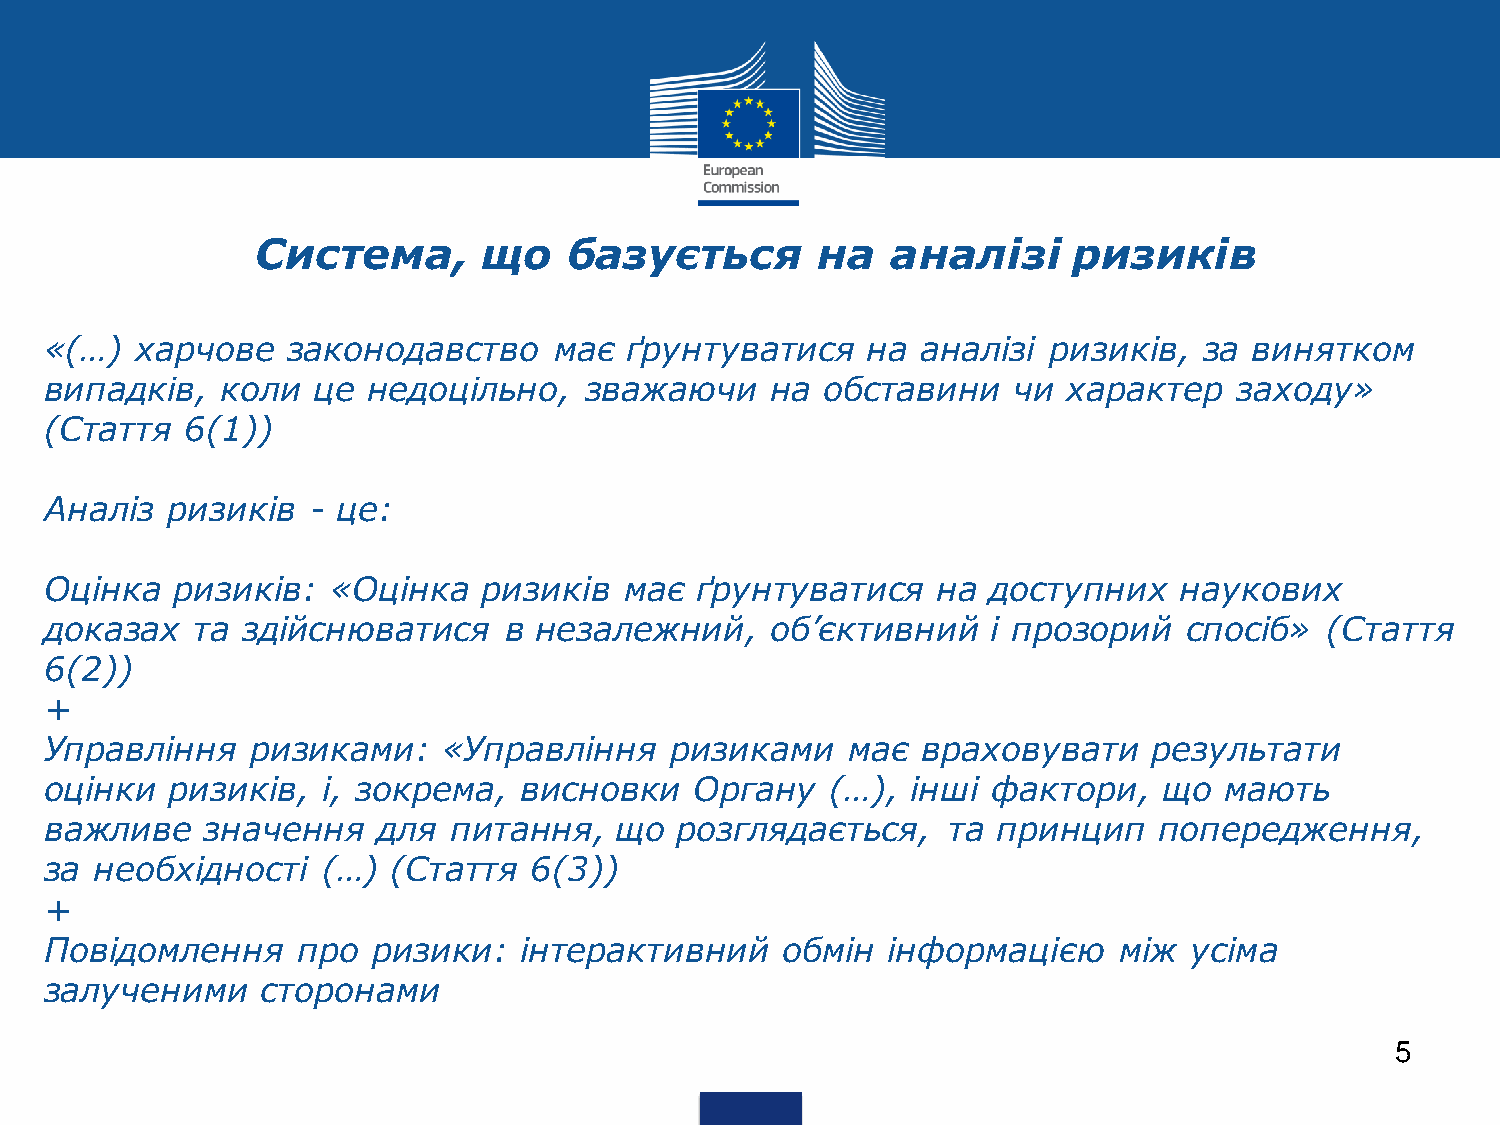
Система,       що    базується       на   аналізі     ризиків
 «(…)  харчове   законодавство     має  ґрунтуватися   на  аналізі  ризиків,  за винятком
 випадків,   коли  це недоцільно,    зважаючи    на  обставини   чи  характер   заходу»
 (Стаття  6(1))
 Аналіз  ризиків   - це:
 Оцінка   ризиків:  «Оцінка   ризиків  має  ґрунтуватися    на  доступних   наукових
 доказах   та здійснюватися    в незалежний,     об’єктивний    і прозорий   спосіб»  (Стаття
 6(2))
 +
 Управління    ризиками:   «Управління    ризиками    має  враховувати    результати
 оцінки  ризиків,  і, зокрема,  висновки    Органу   (…), інші  фактори,   що  мають
 важливе    значення   для  питання,   що  розглядається,    та принцип    попередження,
 за необхідності   (…)  (Стаття  6(3))
 +
 Повідомлення     про  ризики:  інтерактивний     обмін  інформацією    між  усіма
 залученими    сторонами
 5